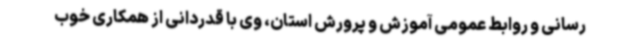
رسانی و روابط عمومی آموزش و پرورش استان، وی با قدردانی از همکاری خوب